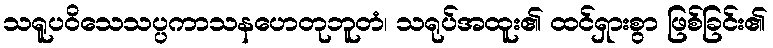
သရူပဝိသေသပ္ပကာသနဟေတုဘူတံ၊ သရုပ်အထူး၏ ထင်ရှားစွာ ဖြစ်ခြင်း၏